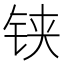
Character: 铗